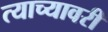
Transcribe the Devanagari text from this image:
त्याच्यावरी